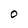
Character: O